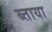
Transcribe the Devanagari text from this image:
ब्ताया